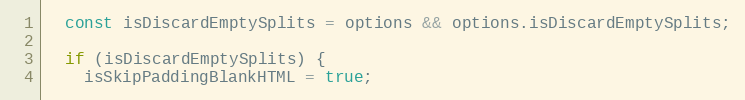
Language: JavaScript
  const isDiscardEmptySplits = options && options.isDiscardEmptySplits;

  if (isDiscardEmptySplits) {
    isSkipPaddingBlankHTML = true;